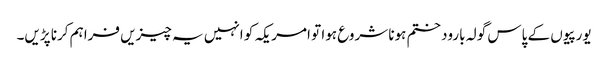
یورپیوں کے پاس گولہ بارود ختم ہونا شروع ہوا تو امریکہ کو انہیں یہ چیزیں فراہم کرنا پڑیں۔